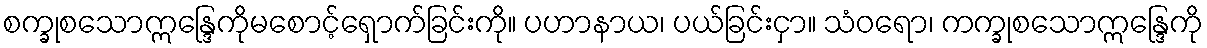
စက္ခုစသောဣန္ဒြေကိုမစောင့်ရှောက်ခြင်းကို။ ပဟာနာယ၊ ပယ်ခြင်းငှာ။ သံဝရော၊ ကက္ခုစသောဣန္ဒြေကို